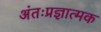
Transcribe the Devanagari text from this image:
अंतःप्रज्ञात्मक